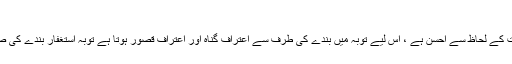
مجلس2)
* استغفار بندے کے حالات میں بہترین حالت اور اس کے معاملات کے لحاظ سے احسن ہے ، اس لیے توبہ میں بندے کی طرف سے اعترافِ گناہ اور اعترافِ قصور ہوتا ہے توبہ استغفار بندے کی صفات ہیں جو اسے ابوالبشر آدم علیہ السلام سے ورثے میں ملی ہیں۔